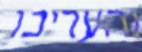
והעריכו